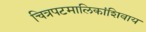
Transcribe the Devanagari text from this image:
चित्रपटमालिकांशिवाय